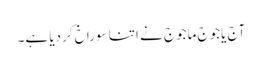
آج یاجوج ماجوج نے اتنا سوراخ کردیا ہے۔